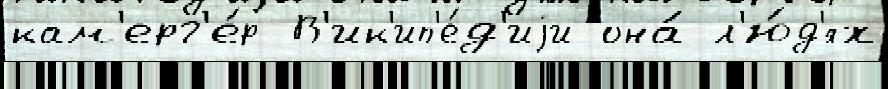
кам'ерг'е́р В'ик'ип'е́д'иjи она́ л'ю́д'ях